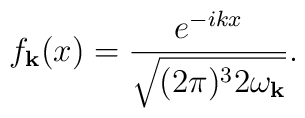
f_{{\bf k}}(x)=\frac{e^{-ikx}}{\sqrt{(2\pi)^3 2\omega_{{\bf k}} }}  .